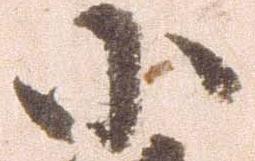
小